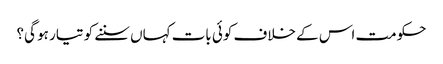
حکومت اس کے خلاف کوئی بات کہاں سننے کو تیار ہو گی؟